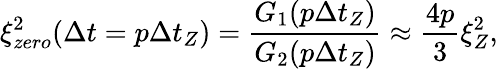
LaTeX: \xi_{zero}^{2}(\Delta t=p\Delta t_{Z})=\frac{G_{1}(p\Delta t_{Z})}{G_{2}(p\Delta t_{Z})}\approx\frac{4p}{3}\xi_{Z}^{2},